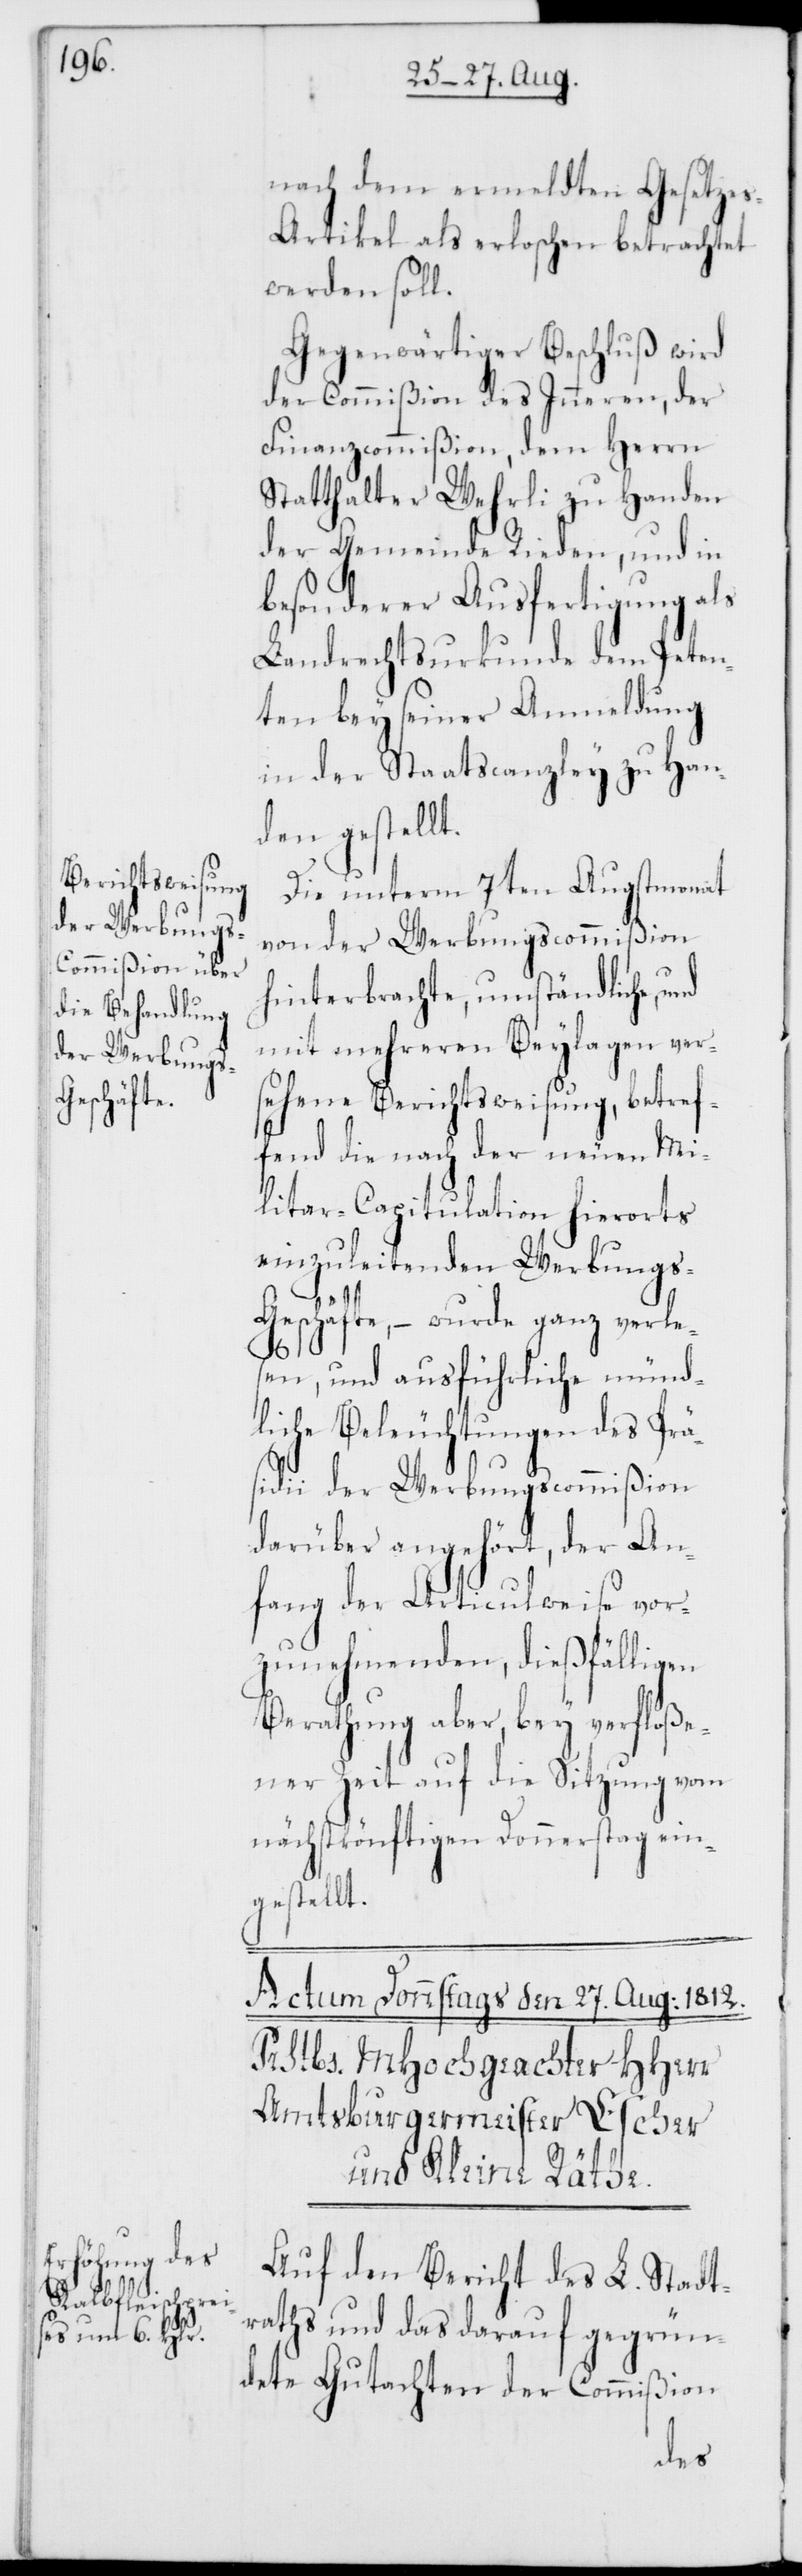
nach dem ermeldten Gesetze¬
s-Artikel als erloschen betrachtet
werden soll.
Gegenwärtiger Beschluß wird
der Commißion des Inneren, der
Finanzcommißion, dem Herrn
Statthalter Wehrli zu Handen
der Gemeinde Rieden, und in
besonderer Ausfertigung als
Landrechtsurkunde dem Peten¬
ten bey seiner Anmeldung
in der Staatscanzley zu Han¬
den gestellt.
Die unterm 7ten Augstmonat
von der Werbungscommißion
hinterbrachte, umständliche, und
mit mehreren Beylagen ver¬
sehene Berichtsweisung, betref¬
fend die nach der neuen Mi¬
litar-Capitulation hierorts
einzuleitenden Werbungs-G¬
eschäfte, – wurde ganz verle¬
sen, und ausführliche mündli¬
che Beleuchtungen des P¬
räsidii der Werbungscommißion
darüber angehört, der An¬
fang der Articulweise vor¬
zunehmenden, dießfälligen
Berathung aber, bey verfloße¬
ner Zeit auf die Sitzung vom
nächstkönftigen Donnerstag ein¬
gestellt.
Auf den Bericht des L. Stadt¬
raths und das darauf gegrün¬
dete Gutachten der Commißion